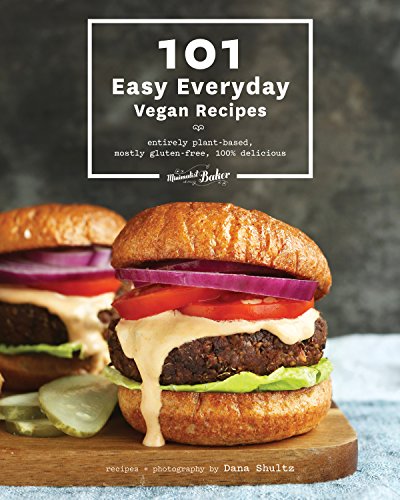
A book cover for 101 Easy Everyday Vegan Recipes; Dana Shultz; Cookbooks, Food & Wine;